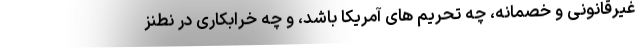
غیرقانونی و خصمانه، چه تحریم های آمریکا باشد، و چه خرابکاری در نطنز